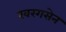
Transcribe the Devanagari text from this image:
खरगसेन